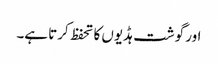
اور گوشت ہڈیوں کا تحفظ کرتا ہے۔